Medical and sanitary report of the native army of Madras for the year
Year: 1875
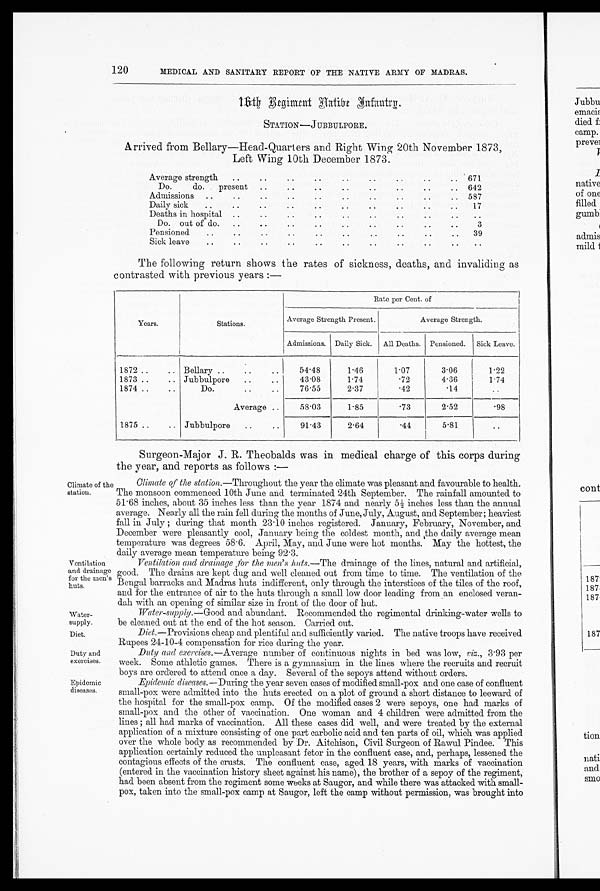
120
MEDICAL AND SANITARY REPORT OF THE NATIVE ARMY OF MADRAS.
1 6 t h R e g i m e n t H a t i b e I n f a n t r y .
Arrived from Bellary—Head-Quarters and Right Wing 20th November 1873,
Left Wing 10th December 1873.
Average strength
..
..
..
.. ..
.
.. .. .. ..
671
Do.
do.
present ..
..
..
.
.. .. .. .. ..
642
Admissions ..
..
..
..
..
..
..
..
..
..
.
587
Daily sick
..
..
..
..
..
..
.
.. ..
.
.. ..
17
Deaths in hospital ..
..
..
..
..
.. ..
..
..
..
Do. out of do.
..
..
..
..
..
..
..
..
..
3
Pensioned
..
..
..
..
..
..
..
..
..
..
39
Sick leave
..
..
..
..
.. ..
..
..
..
..
..
The following return shows the rates of sickness, deaths, and invaliding as
contrasted with previous years :—
Years.
Stations.
Rate per Cent. of
Average Strength Present.
Average Strength.
Admissions. Daily Sick. All Deaths. Pensioned. Sick Leave.
1872 ..
.. Bellary ..
..
..
54.48
1.46
1.07
3.06
1.22
1873 ..
.. Jubbulpore
..
..
43.08
1.74
.72
4 . 3 6
1.74
1874 ..
..
Do.
76.55
2.37
.42
. 1 4
..
Average
..
58.03
1.85
.73
2.52
. 9 8
1875 ..
.. Jubbulpore
..
..
91.43
2.64
.44
5.81
..
Surgeon-Major J. R. Theobalds was in medical charge of this corps during
the year, and reports as follows
:——
Climate of the
Climate of the station.—Throughout the year the climate was pleasant and favourable to health.
station. The monsoon commenced 10th June and terminated 24th September. The rainfall amounted to
51.68 inches, about 35 inches less than the year 1874 and nearly 5 1/2 inches less than the annual
average. Nearly all the rain fell during the months of June, July, August, and September; heaviest
fall in July ; during that month 23.10 inches registered. January, February, November, and
December were pleasantly cool, January being the coldest month, and, the daily average mean
temperature was degrees 58.6. April, May, and June were hot months. May the hottest, the
daily average mean temperature being 92.3.
V entilation
Ventilation and drainage for the men's huts.— The drainage of the lines, natural and artificial,
and drainage good. The drains are kept dug and well cleaned out from time to time. The ventilation of the
for the men's Bengal barracks and Madras huts indifferent, only through the interstices of the tiles of the roof,
huts.
and for the entrance of air to the huts through a small low door leading from an enclosed veran-
dah with an opening of similar size in front of the door of hut.
Water-
Water supply.—Good and abundant. commenced the regimental drinking-water wells to
supply.
be cleaned out at the end of the hot season. Carried out.
Diet.
Diet .—Provisions cheap and plentiful and sufficiently varied. The native troops have received
Rupees 24-10-4 compensation for rice during the year.
Duty and
Duty and exercises .—Average number of continuous nights in bed was low, viz., 3.93 per
exercises.
week. Some athletic games. There is a gymnasium in the lines where the recruits and recruit
boys are ordered to attend once a day. Several of the sepoys attend without orders.
Epidemic
Epidemic diseases.—During the year seven cases of modified small-pox and one case of confluent
diseases. small-pox were admitted into the huts erected on a plot of ground a short distance to leeward of
the hospital for the small-pox camp. Of the modified cases 2 were sepoys, one had marks of
small-pox and the other of vaccination. One woman and 4 children were admitted from the
lines ; all had marks of vaccination. All these cases did well, and were treated by the external
application of a mixture consisting of one part carbolic acid and ten parts of oil, which was applied
over the whole body as recommended by Dr. Aitchison, Civil Surgeon of Rawal Pindee. This
application certainly reduced the unpleasant fetor in the confluent case, and, perhaps, lessened the
contagious effects of the crusts. The confluent case, aged 18 years, with marks of vaccination
(entered in the vaccination history sheet against his name), the brother of a sepoy of the regiment,
had been absent from the regiment some weeks at Saugor, and while there was attacked with small-
pox, taken into the small-pox camp at Saugor, left the camp without permission, was brought into